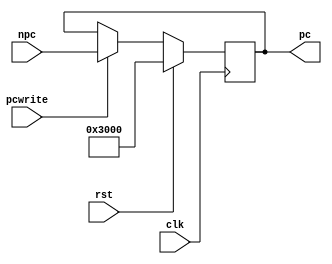
module PC(clk,rst,npc,pcwrite,pc);
	input clk,rst;
	input[31:0] npc;
	input pcwrite;
	output reg[31:0] pc;
	initial begin
		pc =  32'h3000;
	end

	always @(negedge clk) begin
		if (rst) begin
			pc <= 32'h3000;
		end
		else if(pcwrite)begin
			pc <= npc;
		end
	end
endmodule